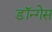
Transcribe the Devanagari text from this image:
डॉन्गेस